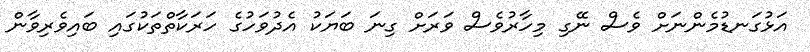
އަޅުގަނޑުމެންނަށް ވެސް ނޭގި މިހާރުވެސް ވަރަށް ގިނަ ބަޔަކު އެދުވަހުގެ ހަރަކާތްތަކުގައި ބައިވެރިވާން